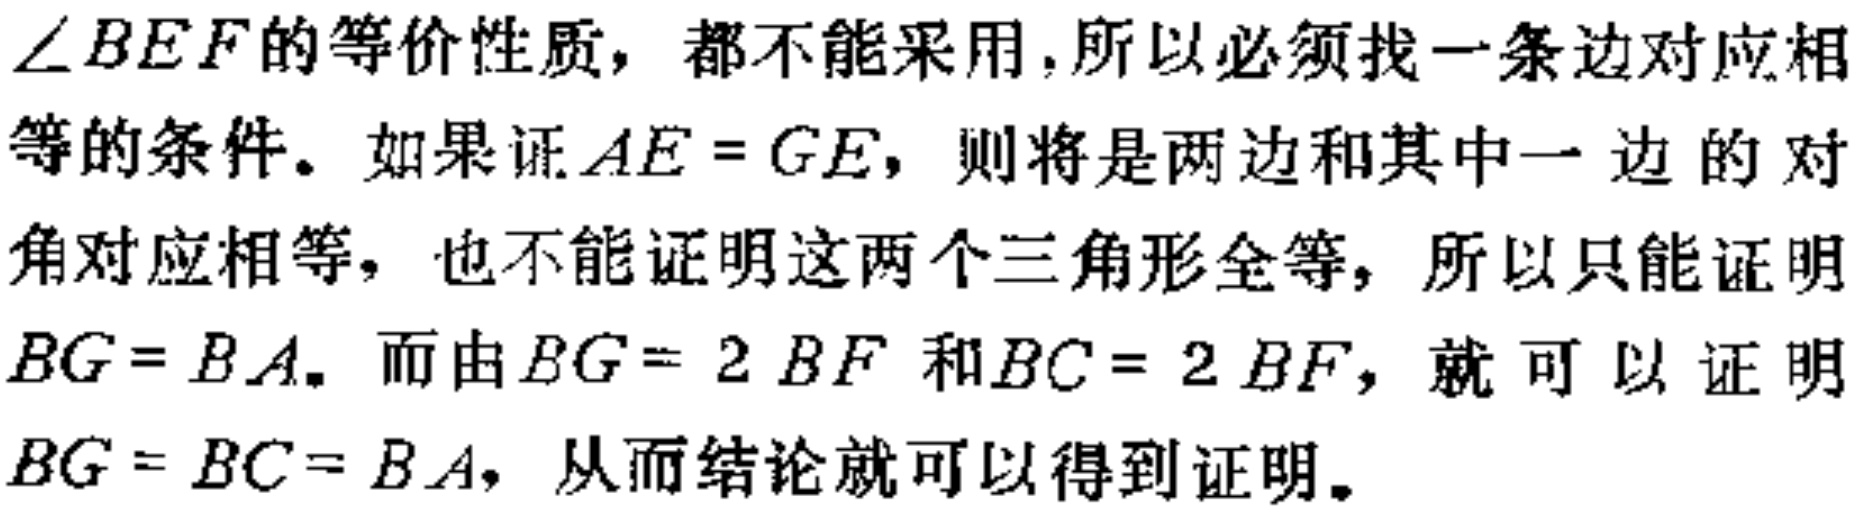
$\angle BEF$的等价性质，都不能采用,所以必须找一条边对应相等的条件。如果证$AE = GE$，则将是两边和其中一边的对角对应相等，也不能证明这两个三角形全等，所以只能证明$BG = BA$。而由$BG = 2BF$和$BC = 2BF$，就可以证明$BG = BC = BA$，从而结论就可以得到证明。